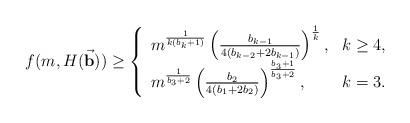
LaTeX: \begin{align*}f(m,H(\vec{\bf b}))\ge\left\{ \begin{array}{lc}m^{\frac 1{k(b_k+1)}}\left(\frac{b_{k-1}}{4(b_{k-2}+2b_{k-1})}\right)^{\frac 1k}, & k\ge 4,\\m^{\frac1{b_3+2}}\left(\frac{b_2}{4(b_1+2b_2)}\right)^{\frac{b_3+1}{b_3+2}}, & k=3.\end{array}\right.\end{align*}